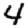
Digit: 4